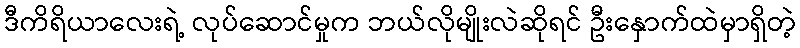
ဒီကိရိယာလေးရဲ့ လုပ်ဆောင်မှုက ဘယ်လိုမျိုးလဲဆိုရင် ဦးနှောက်ထဲမှာရှိတဲ့